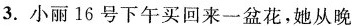
3.小丽16号下午买回来一盆花，她从晚